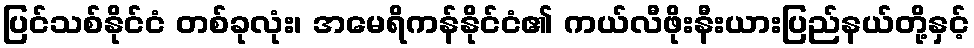
ပြင်သစ်နိုင်ငံ တစ်ခုလုံး၊ အမေရိကန်နိုင်ငံ၏ ကယ်လီဖိုးနီးယားပြည်နယ်တို့နှင့်